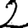
Digit: 2